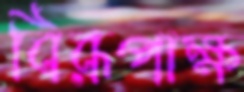
বিরূপাক্ষ